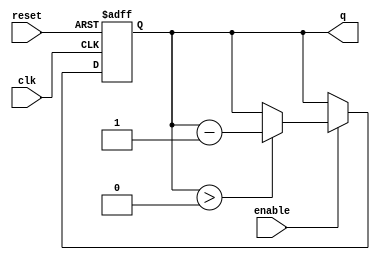
module binary_down_counter #(
    parameter N = 4 // Number of bits for the counter
)(
    input wire clk,        // Clock input
    input wire reset,      // Active high reset
    input wire enable,     // Enable signal for counting
    output reg [N-1:0] q   // n-bit output for the current count
);

    // Maximum value for the counter (2^N - 1)
    localparam MAX_COUNT = (1 << N) - 1;

    // Always block for synchronous logic
    always @(posedge clk or posedge reset) begin
        if (reset) begin
            // Reset the counter to maximum value
            q <= MAX_COUNT;
        end else if (enable) begin
            // Decrement the counter if enabled and not at zero
            if (q > 0) begin
                q <= q - 1;
            end
            // If q is already zero, it remains zero
        end
    end

endmodule